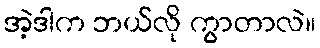
အဲ့ဒါက ဘယ်လို ကွာတာလဲ။